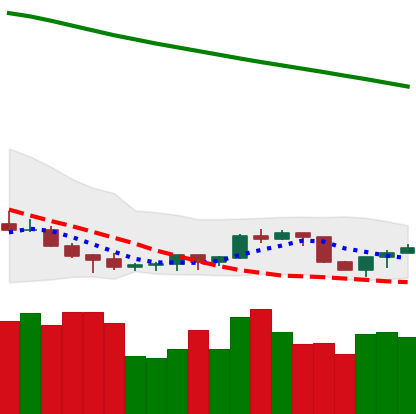
Ticker: NEO-USD
Chart end date: 2022-07-15
Forward return: 10.271%
Label: up_7plus